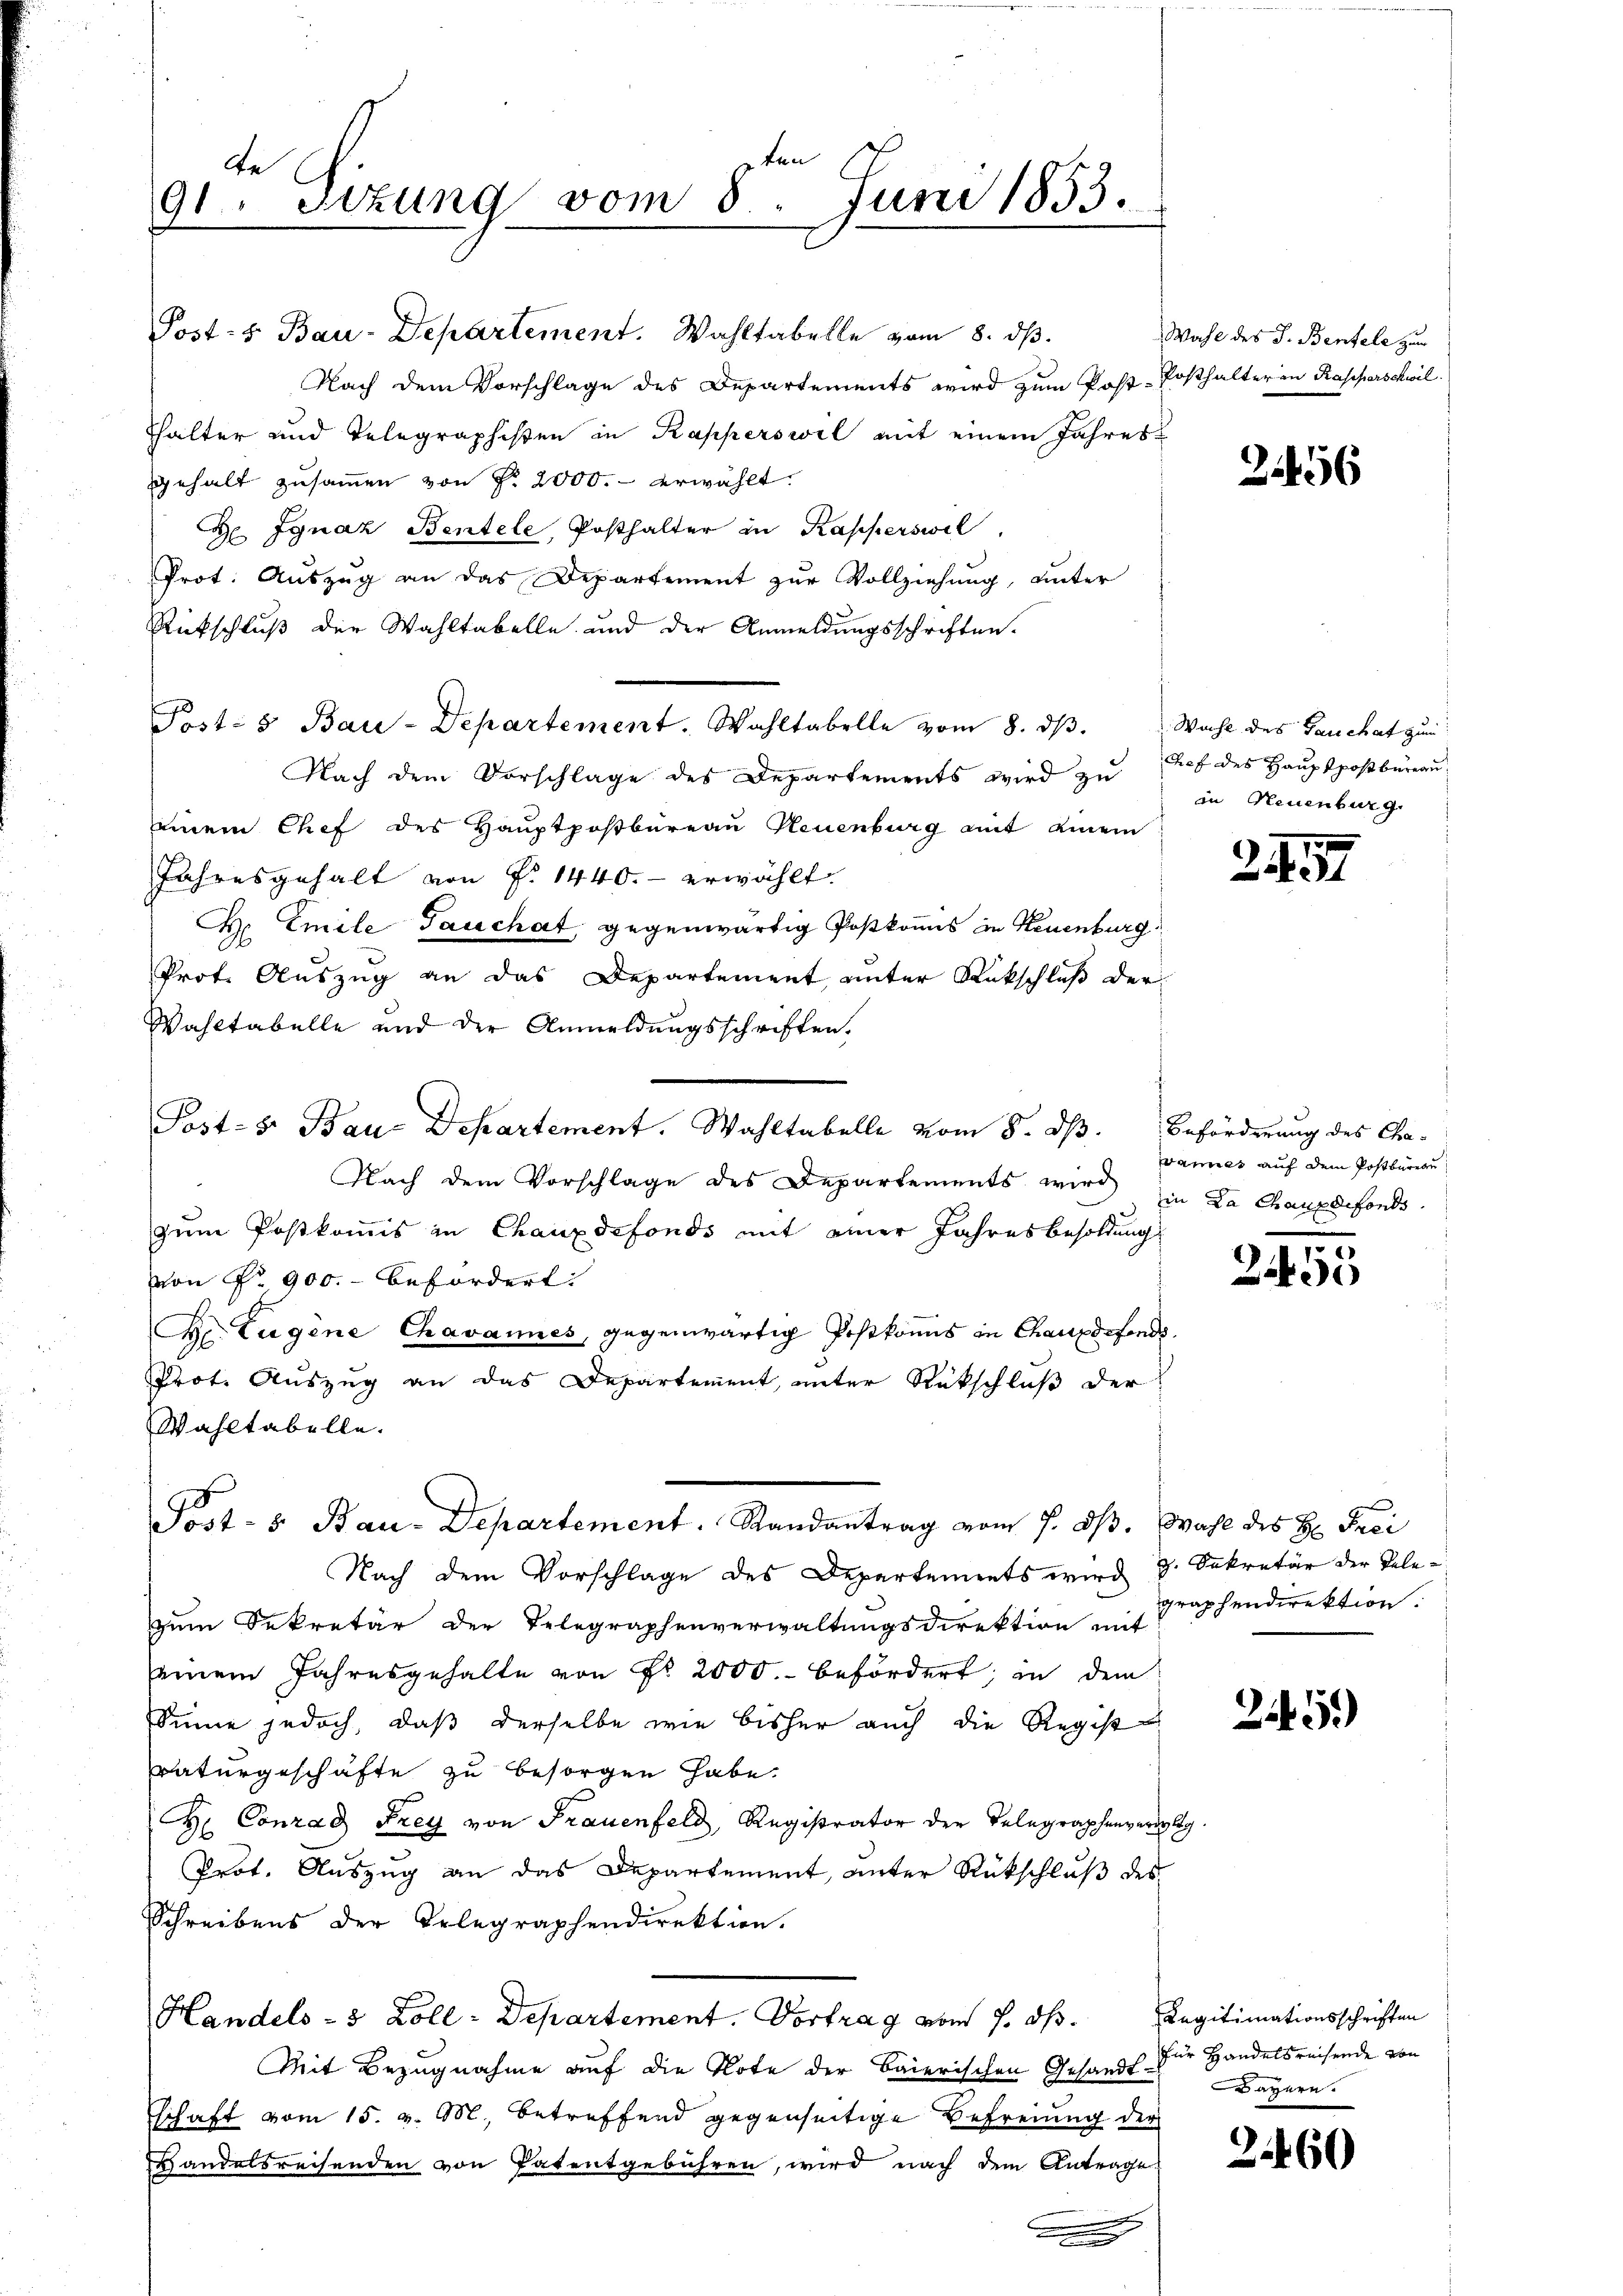
gten
be
8. Juni 1853.
91. Sizung vom

Post- 5. Bau-Departement. Wahltabelle vom 8. ds.
Nach dem Vorschlage des Departements wird zum Post-Posthalteren Rasperschwil
Thalter und Telegraphisten in Kapperswil mit einem Jahres
gehalt zusammen von Nr. 2000.- erwählt.
H Ignaz Bentele, Posthalter in Kapperswil,
Prot. Auszug an das Departement zur Vollziehung, unter
Rückschluß der Wahltabelle und der Anmeldungsschriften.
Post- 5 Bau-Departement. Wahltabelle vom 8. dβ. Wahl des Bauchat zum
Nach dem Vorschlage des Departements wird zŭ tref des Haŭptpoβbüreau
einem Chef des Hauptpostbureau Neuenburg mit einem
Jahresgehalt von P. 1440.- erwählt.
H. Emile Tauchat, gegenwärtig Postkommis in Neuenburg
Prot. Auszug an das Departement unter Rückschluß der
Wahltabelle und der Anmeldungsschriften,
Post- 8. Bau-Departement. Wahltabelle vom 8. ds.
Nach dem Vorschlage des Departements wird
zum Postkommis in Chauxdefonds mit einer Jahresbesoldung
von No 900.- befördert:
Der Eugene Chavannes, gegenwärtig Postkomis in Chauxdefonds.
Prot. Auszug an das Departement, unter Rückschluß der
Wahltabelle.
Post- u. Bau-Departement. Randantrag vom 7. ds. Wahl des H: Frei
Nach dem Vorschlage des Departements wird 9. Sekretär der Telezum Dekretär der Telegraphenverwaltungsdirektion mit
einem Jahresgehalte von Nr. 2000.- befördert; in dem
Sinne jedoch, daß derselbe wie bisher auch die Regist
raturgeschäfte zu besorgen habe.
H. Conrad Frey von Frauenfeld, Registrator der Telegraphenverleg
Prot. Auszug an das Departement, unter Rückschluß des
Schreibens der Telegraphendirektion.
Handels- 5 Zoll-Departement. Vortrag vom 1. ds. Legitimationsschriften
Mit Bezugnahme auf die Note der Baierischen Gesandt zur Handelsreisende von
schaft vom 15. v. M., betreffend gegenseitige Befreiung der
Handelsreisenden von Patentgebühren, wird nach dem Antrage

Wahl des J. Bentele zum

21456

in Neuenburg.

247

Beförderung des Chavainer auf dem Postbarege
in La Chauxdefonds.

2455

graphendirektion.

25.)

Dayern.

3460